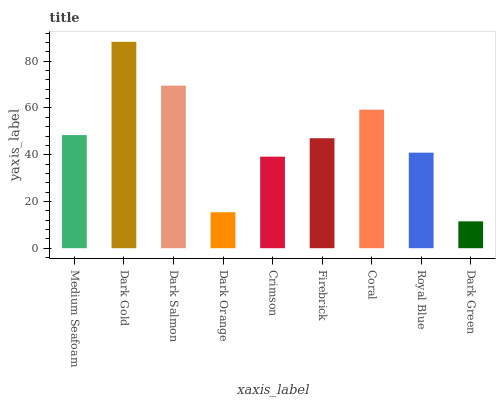
| xaxis_label | bars |
 | --- | --- |
 | Medium Seafoam | 48.4 |
 | Dark Gold | 88.3 |
 | Dark Salmon | 69.6 |
 | Dark Orange | 15.4 |
 | Crimson | 39.2 |
 | Firebrick | 47.1 |
 | Coral | 59.3 |
 | Royal Blue | 40.9 |
 | Dark Green | 11.5 |